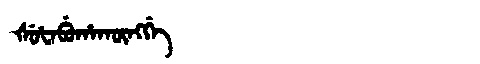
Manchu: ᡧᡠᡶᠠᠪᡠᡥᠠᡴᡡᠩᡤᡝ
Romanization: ŠUFABUHAKŪNGGE